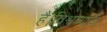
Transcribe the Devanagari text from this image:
है।विश्वव्यापी